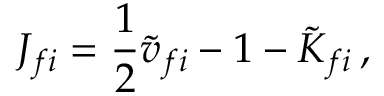
J _ { f i } = { \frac { 1 } { 2 } } { \tilde { v } } _ { f i } - 1 - { \tilde { K } } _ { f i } \, ,